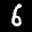
Label: 6